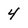
Character: 4